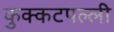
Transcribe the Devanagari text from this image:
कुक्कटपल्ली